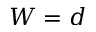
W = d